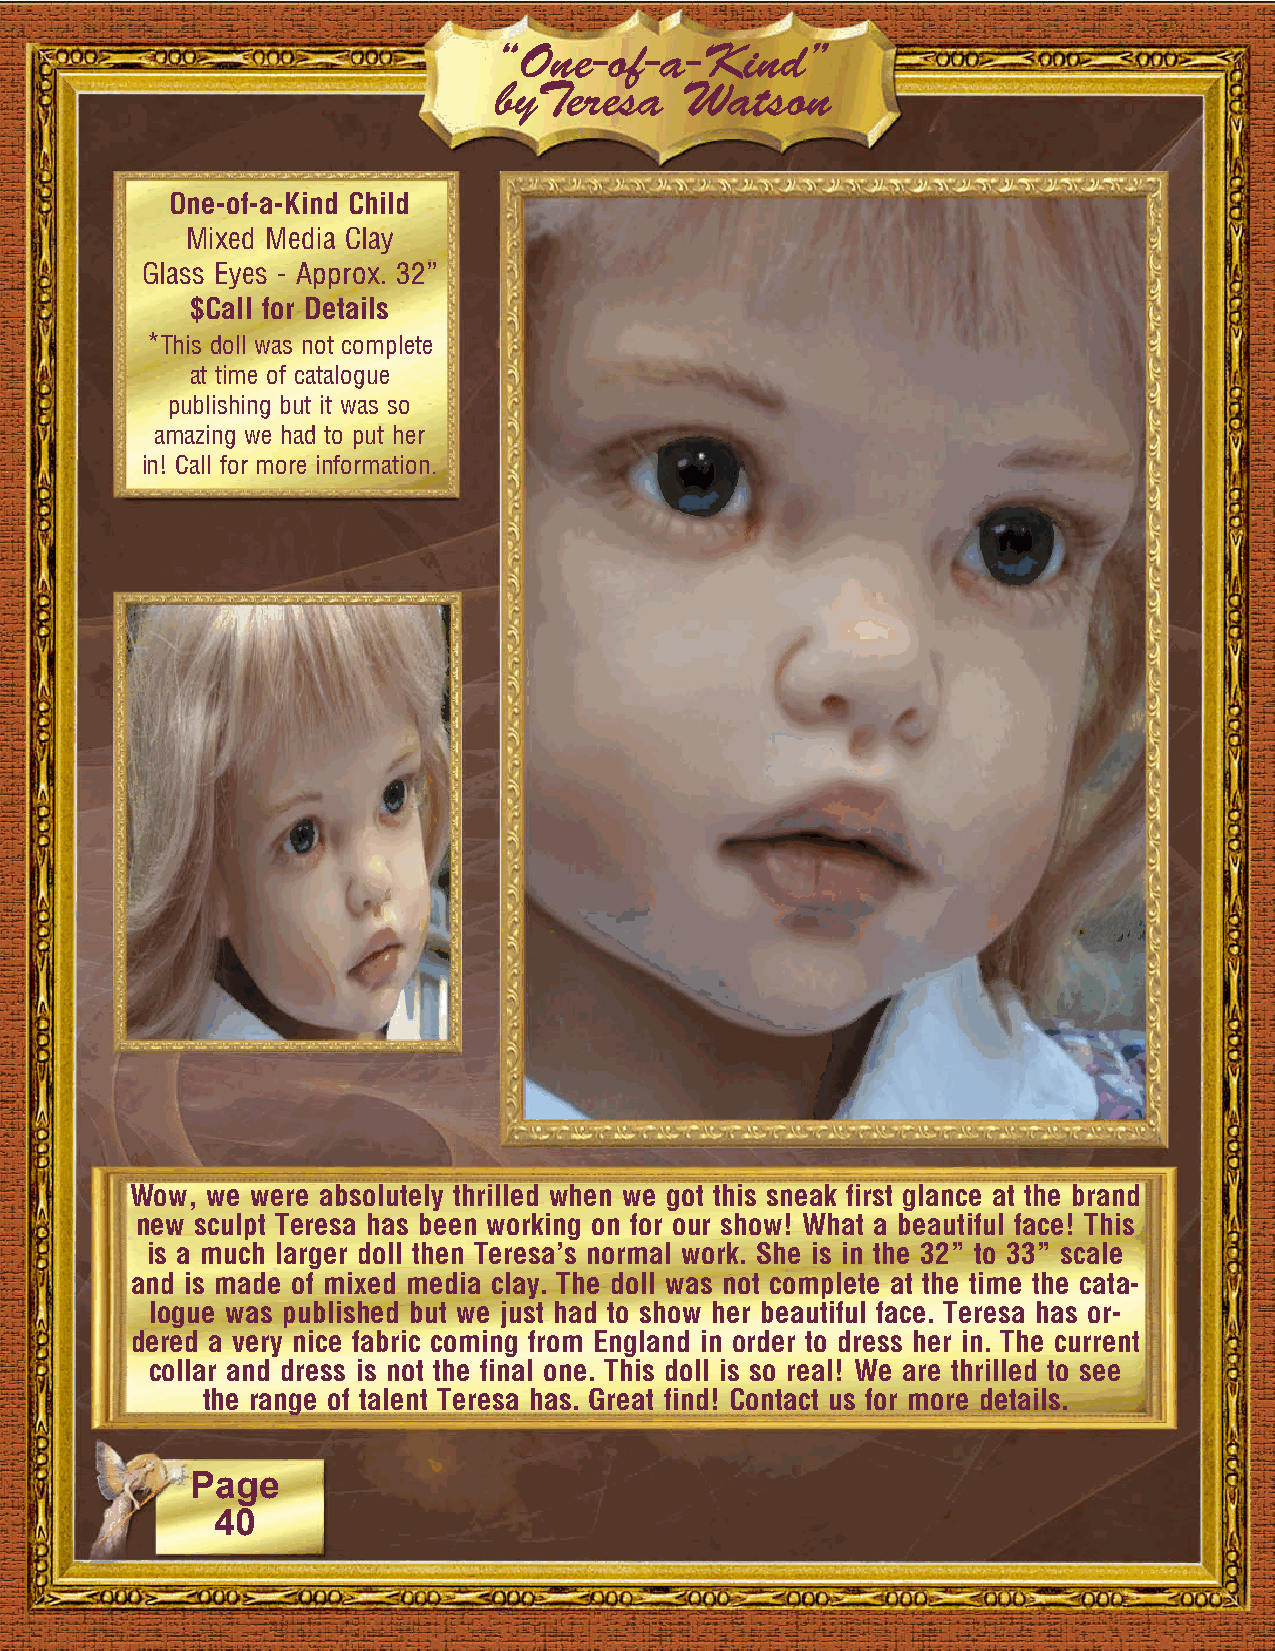
“One-of-a-Kind”
 byTeresa    Watson
 One-of-a-Kind Child
 Mixed Media Clay
 Glass Eyes - Approx. 32”
 $Call for Details
 *This doll was not complete
 at time of catalogue
 publishing but it was so
 amazing we had to put her
 in! Call for more information.
 Wow, we were absolutely thrilled when we got this sneak first glance at the brand
 new sculpt Teresa has been working on for our show! What a beautiful face! This
 is a much larger doll then Teresa’s normal work. She is in the 32” to 33” scale
 and is made of mixed media clay. The doll was not complete at the time the cata-
 logue was published but we just had to show her beautiful face. Teresa has or-
 dered a very nice fabric coming from England in order to dress her in. The current
 collar and dress is not the final one. This doll is so real! We are thrilled to see
 the range of talent Teresa has. Great find! Contact us for more details.
 Page
 40